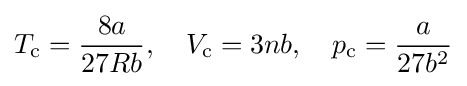
T_{\text{c}}={\frac {8a}{27Rb}},\quad V_{\text{c}}=3nb,\quad p_{\text{c}}={\frac {a}{27b^{2}}}